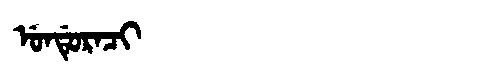
Manchu: ᡠᠨᡩᡠᡵᠠᠴᡳ
Romanization: UNDURACI